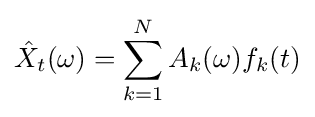
{\hat {X}}_{t}(\omega )=\sum _{k=1}^{N}A_{k}(\omega )f_{k}(t)